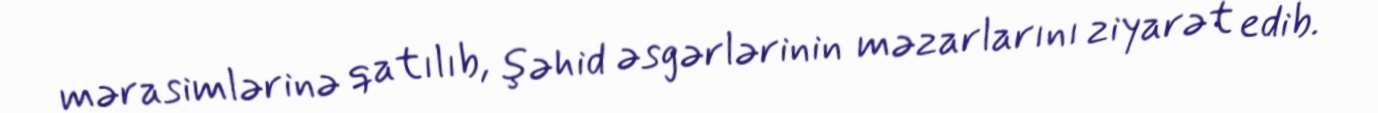
mərasimlərinə qatılıb, şəhid əsgərlərinin məzarlarını ziyarət edib.